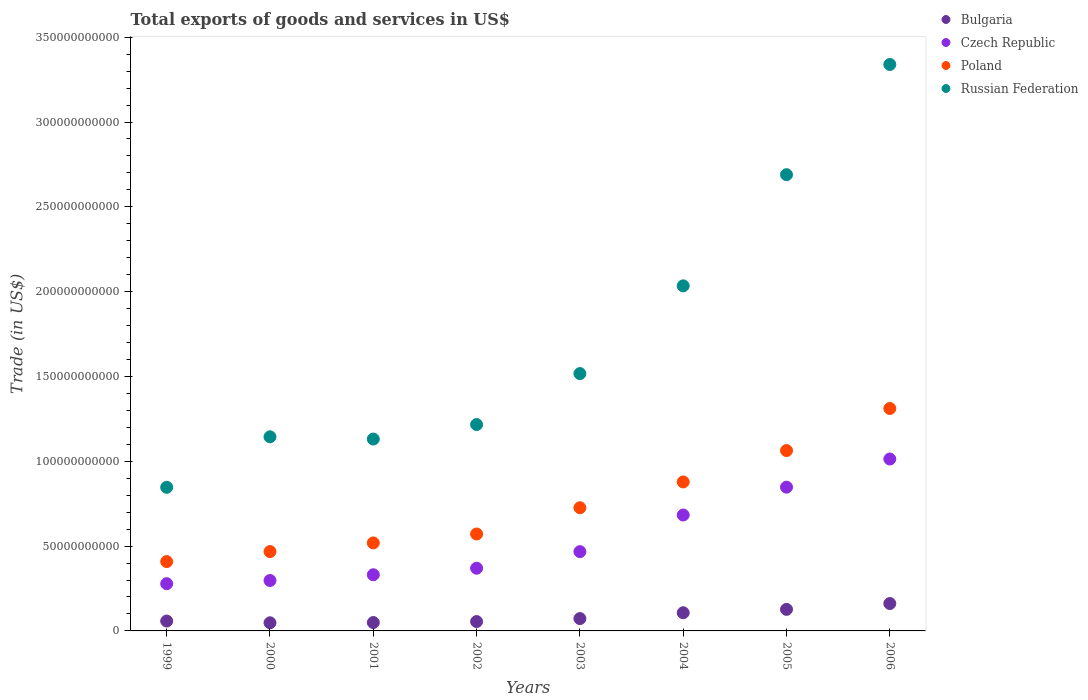
| Years | Bulgaria | Czech Republic | Poland | Russian Federation |
 | --- | --- | --- | --- | --- |
 | 1999 | 5.83e+09 | 2.78e+10 | 4.09e+10 | 8.47e+10 |
 | 2000 | 4.8e+09 | 2.97e+10 | 4.68e+10 | 1.14e+11 |
 | 2001 | 4.95e+09 | 3.31e+10 | 5.19e+10 | 1.13e+11 |
 | 2002 | 5.52e+09 | 3.7e+10 | 5.71e+10 | 1.22e+11 |
 | 2003 | 7.28e+09 | 4.67e+10 | 7.26e+10 | 1.52e+11 |
 | 2004 | 1.07e+10 | 6.83e+10 | 8.78e+10 | 2.03e+11 |
 | 2005 | 1.27e+10 | 8.47e+10 | 1.06e+11 | 2.69e+11 |
 | 2006 | 1.62e+10 | 1.01e+11 | 1.31e+11 | 3.34e+11 |